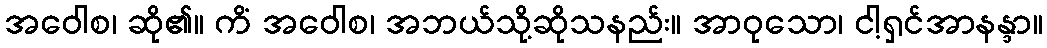
အဝေါစ၊ ဆို၏။ ကိံ အဝေါစ၊ အဘယ်သို့ဆိုသနည်း။ အာဝုသော၊ ငါ့ရှင်အာနန္ဒာ။